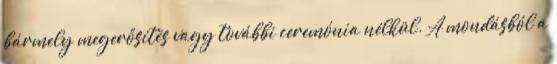
bármely megerősítés vagy további ceremónia nélkül. A mondásból a